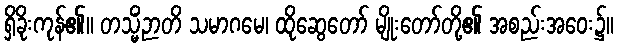
ရှိခိုးကုန်၏။ တသ္မိံဉာတိ သမာဂမေ၊ ထိုဆွေတော် မျိုးတော်တို့၏ အစည်းအဝေး၌။